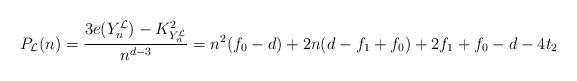
LaTeX: \begin{align*}P_{\mathcal{L}}(n) = \frac{3e(Y_{n}^{\mathcal{L}}) - K_{Y_{n}^{\mathcal{L}}}^{2}}{n^{d-3}} = n^{2}(f_{0} - d) + 2n(d-f_{1}+f_{0}) + 2f_{1} + f_{0} - d - 4t_{2}\end{align*}